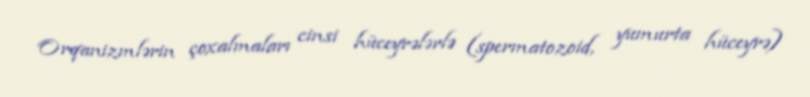
Orqanizmlərin çoxalmaları cinsi hüceyrələrlə (spermatozoid, yumurta hüceyrə)